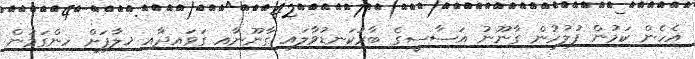
އެހެން ކަމުން ފުލުހުން ގާނޫނު އަސާސީގެ ބާރުކަނޑުވާލައި ގާނޫނާއި ގަވައިދާއި ޚިލާފަށް ހިންގަމުން